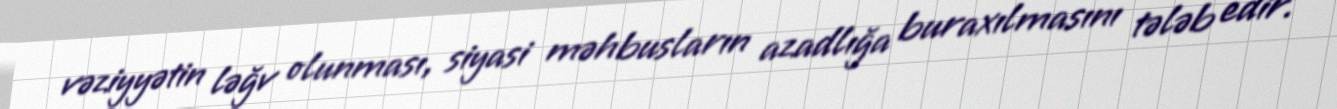
vəziyyətin ləğv olunması, siyasi məhbusların azadlığa buraxılmasını tələb edir.